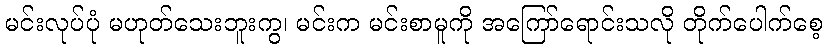
မင်းလုပ်ပုံ မဟုတ်သေးဘူးကွ၊ မင်းက မင်းစာမူကို အကြော်ရောင်းသလို တိုက်ပေါက်စေ့